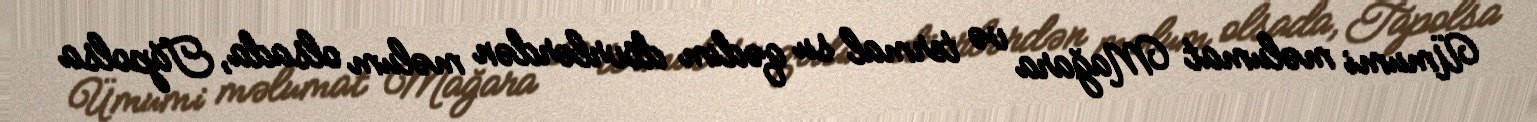
Ümumi məlumat Mağara və termal su qədim dövrlərdən məlum olsada, Tapolsa